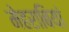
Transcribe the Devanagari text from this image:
मेहराबियां